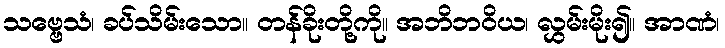
သဗ္ဗေသံ၊ ခပ်သိမ်းသော။ တန်ခိုးတို့ကို။ အဘိဘဝိယ၊ လွှမ်းမိုး၍။ အာဏံ၊